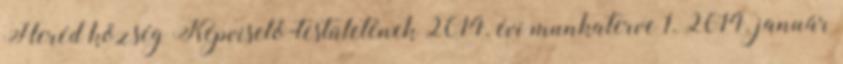
Heréd község Képviselő-testületének 2014. évi munkaterve 1. 2014. január